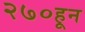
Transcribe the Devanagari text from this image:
२७०हून